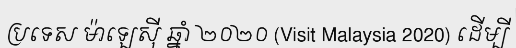
ប្រទេស ម៉ាឡេស៊ី ឆ្នាំ ២០២០ (Visit Malaysia 2020) ដើម្បី